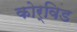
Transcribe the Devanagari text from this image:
कोर्विड